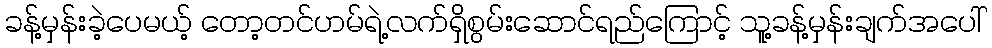
ခန့်မှန်းခဲ့ပေမယ့် တော့တင်ဟမ်ရဲ့လက်ရှိစွမ်းဆောင်ရည်ကြောင့် သူ့ခန့်မှန်းချက်အပေါ်